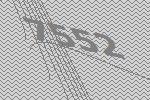
7552